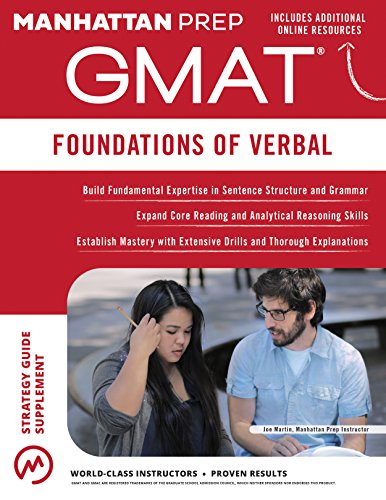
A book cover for GMAT Foundations of Verbal (Manhattan Prep GMAT Strategy Guides); Manhattan Prep; Education & Teaching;